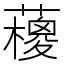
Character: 𱾵